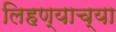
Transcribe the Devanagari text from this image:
लिहण्याच्या